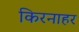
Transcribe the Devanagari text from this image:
किरनाहर